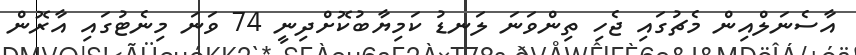
އާސެނަލްއިން މެޗުގައި ޖެހި ތިންވަނަ ލަނޑު ކަމިޔާބުކޮށްދިނީ 74 ވަނަ މިނެޓުގައި އާރޮން